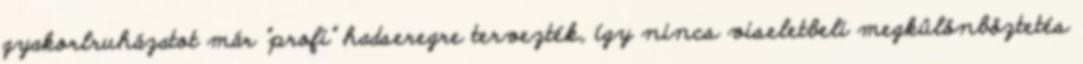
gyakorlruházatot már "profi" hadseregre tervezték, így nincs viseletbeli megkülönböztetés